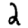
Digit: 2